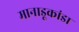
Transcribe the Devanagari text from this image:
मानाडूकांडा